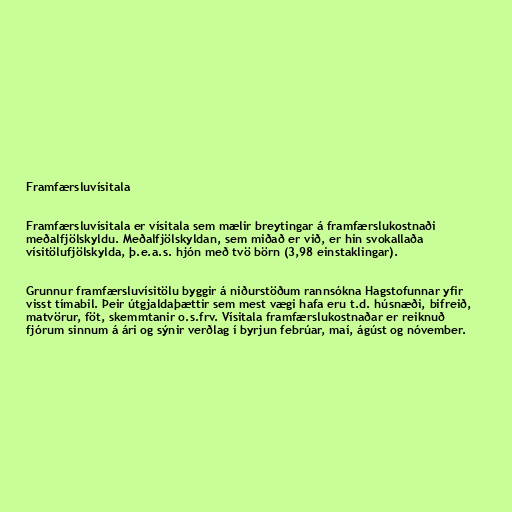
Framfærsluvísitala

Framfærsluvísitala er vísitala sem mælir breytingar á framfærslukostnaði
meðalfjölskyldu. Meðalfjölskyldan, sem miðað er við, er hin svokallaða
vísitölufjölskylda, þ.e.a.s. hjón með tvö börn (3,98 einstaklingar).

Grunnur framfærsluvísitölu byggir á niðurstöðum rannsókna Hagstofunnar yfir
visst tímabil. Þeir útgjaldaþættir sem mest vægi hafa eru t.d. húsnæði, bifreið,
matvörur, föt, skemmtanir o.s.frv. Vísitala framfærslukostnaðar er reiknuð
fjórum sinnum á ári og sýnir verðlag í byrjun febrúar, maí, ágúst og nóvember.